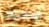
أوتعرف